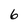
Character: 6